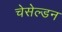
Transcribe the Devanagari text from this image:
चेसेल्डन